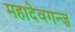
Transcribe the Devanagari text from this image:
महादेवगन्ज़